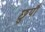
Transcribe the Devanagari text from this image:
छुयौ